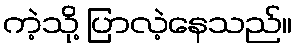
ကဲ့သို့ ပြာလဲ့နေသည်။